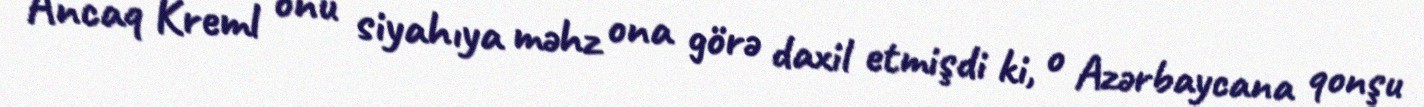
Ancaq Kreml onu siyahıya məhz ona görə daxil etmişdi ki, o Azərbaycana qonşu